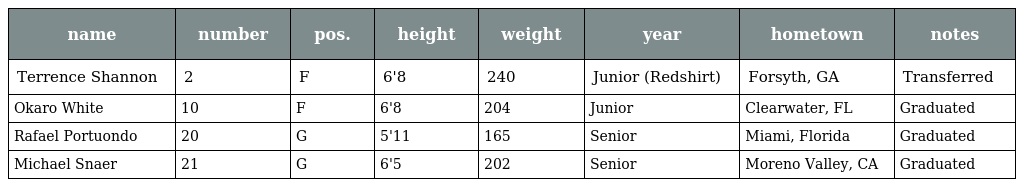
| name | number | pos. | height | weight | year | hometown | notes |
 | --- | --- | --- | --- | --- | --- | --- | --- |
 | Terrence Shannon | 2 | F | 6'8 | 240 | Junior (Redshirt) | Forsyth, GA | Transferred |
 | Okaro White | 10 | F | 6'8 | 204 | Junior | Clearwater, FL | Graduated |
 | Rafael Portuondo | 20 | G | 5'11 | 165 | Senior | Miami, Florida | Graduated |
 | Michael Snaer | 21 | G | 6'5 | 202 | Senior | Moreno Valley, CA | Graduated |